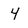
Character: 4